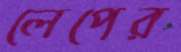
লেপের